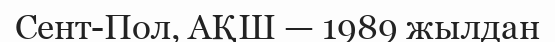
Сент-Пол, АҚШ — 1989 жылдан